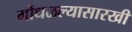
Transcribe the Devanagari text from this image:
गोंधळल्यासारखी